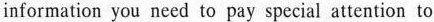
information you need to pay special attention to